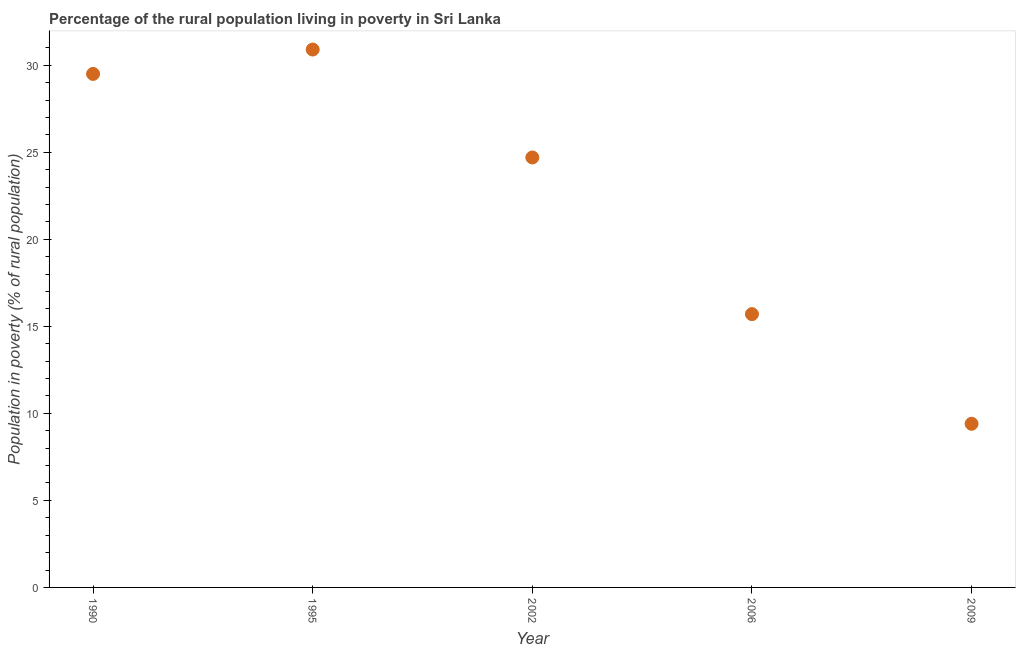
| Year | Rural poverty headcount ratio |
 | --- | --- |
 | 1990 | 29.5 |
 | 1995 | 30.9 |
 | 2002 | 24.7 |
 | 2006 | 15.7 |
 | 2009 | 9.4 |